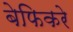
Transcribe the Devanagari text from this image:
बेफिकरे